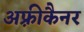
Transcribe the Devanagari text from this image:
अफ़्रीकैनर